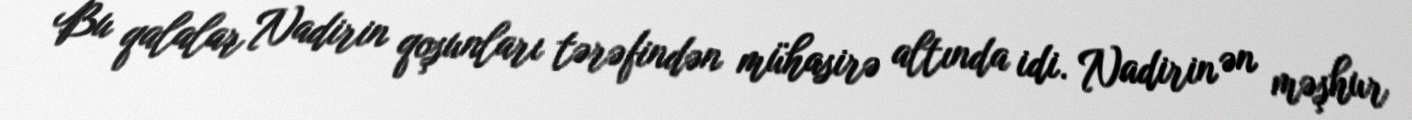
Bu qalalar Nadirin qoşunları tərəfindən mühasirə altında idi. Nadirin ən məşhur